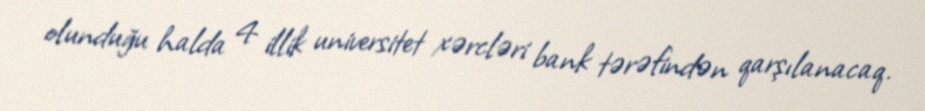
olunduğu halda 4 illik universitet xərcləri bank tərəfindən qarşılanacaq.